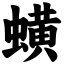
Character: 蟥